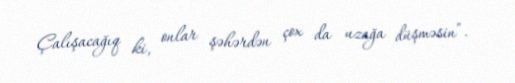
Çalışacağıq ki, onlar şəhərdən çox da uzağa düşməsin”.